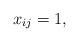
\begin{gather*}x_{ij}=1 ,\end{gather*}